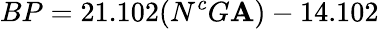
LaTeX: BP=21.102(N^{c}G\mathbf{A})-14.102